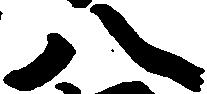
八